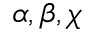
\alpha , \beta , \chi